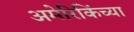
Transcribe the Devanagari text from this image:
अमेरिकिंच्या